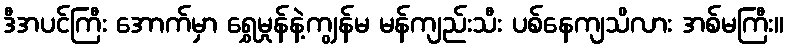
ဒီအပင်ကြီး အောက်မှာ ရွှေမှုန်နဲ့ကျွန်မ မန်ကျည်းသီး ပစ်နေကျသိလား အစ်မကြီး။